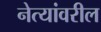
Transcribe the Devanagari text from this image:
नेत्यांवरील